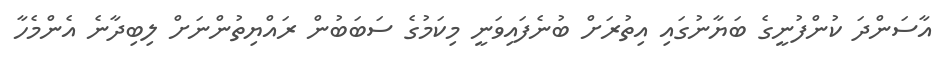
އާސަންދަ ކުންފުނީގެ ބަޔާނުގައި އިތުރަށް ބުނެފައިވަނީ މިކަމުގެ ސަބަބުން ރައްޔިތުންނަށް ލިބިދާނެ އެންމެހާ